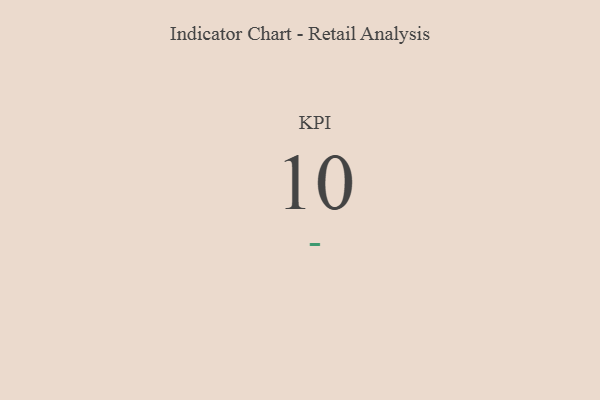
{"axis": {"x": "KPI", "y": "Value"}, "legend": [""], "data": [{"x": "KPI", "y": 10, "type": ""}]}